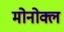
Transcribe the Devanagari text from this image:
मोनोक्ल